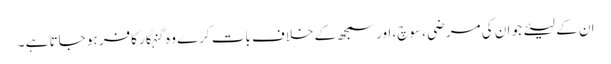
ان کے لیئے جو ان کی مرضی ، سوچ، اور سمجھ کے خلاف بات کرے وہ گنہگار کافر ہو جاتا ہے ۔